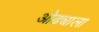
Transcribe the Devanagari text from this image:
ओढ्याला